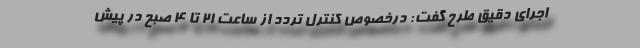
اجرای دقیق طرح گفت: درخصوص کنترل تردد از ساعت 21 تا 4 صبح در پیش‌